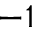
^ { - 1 }